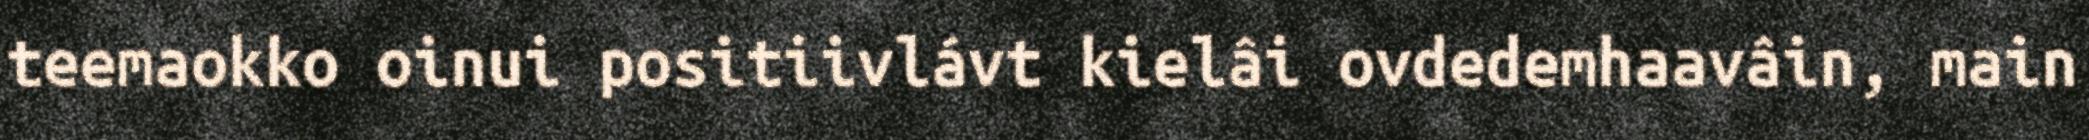
teemaokko oinui positiivlávt kielâi ovdedemhaavâin, main